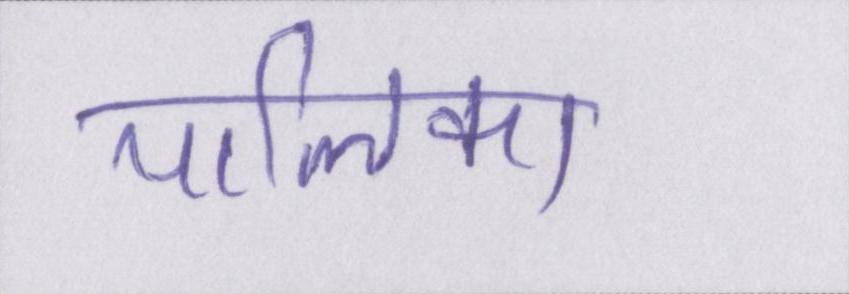
पालिका